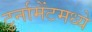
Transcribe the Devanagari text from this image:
टुर्नामेंटमध्ये